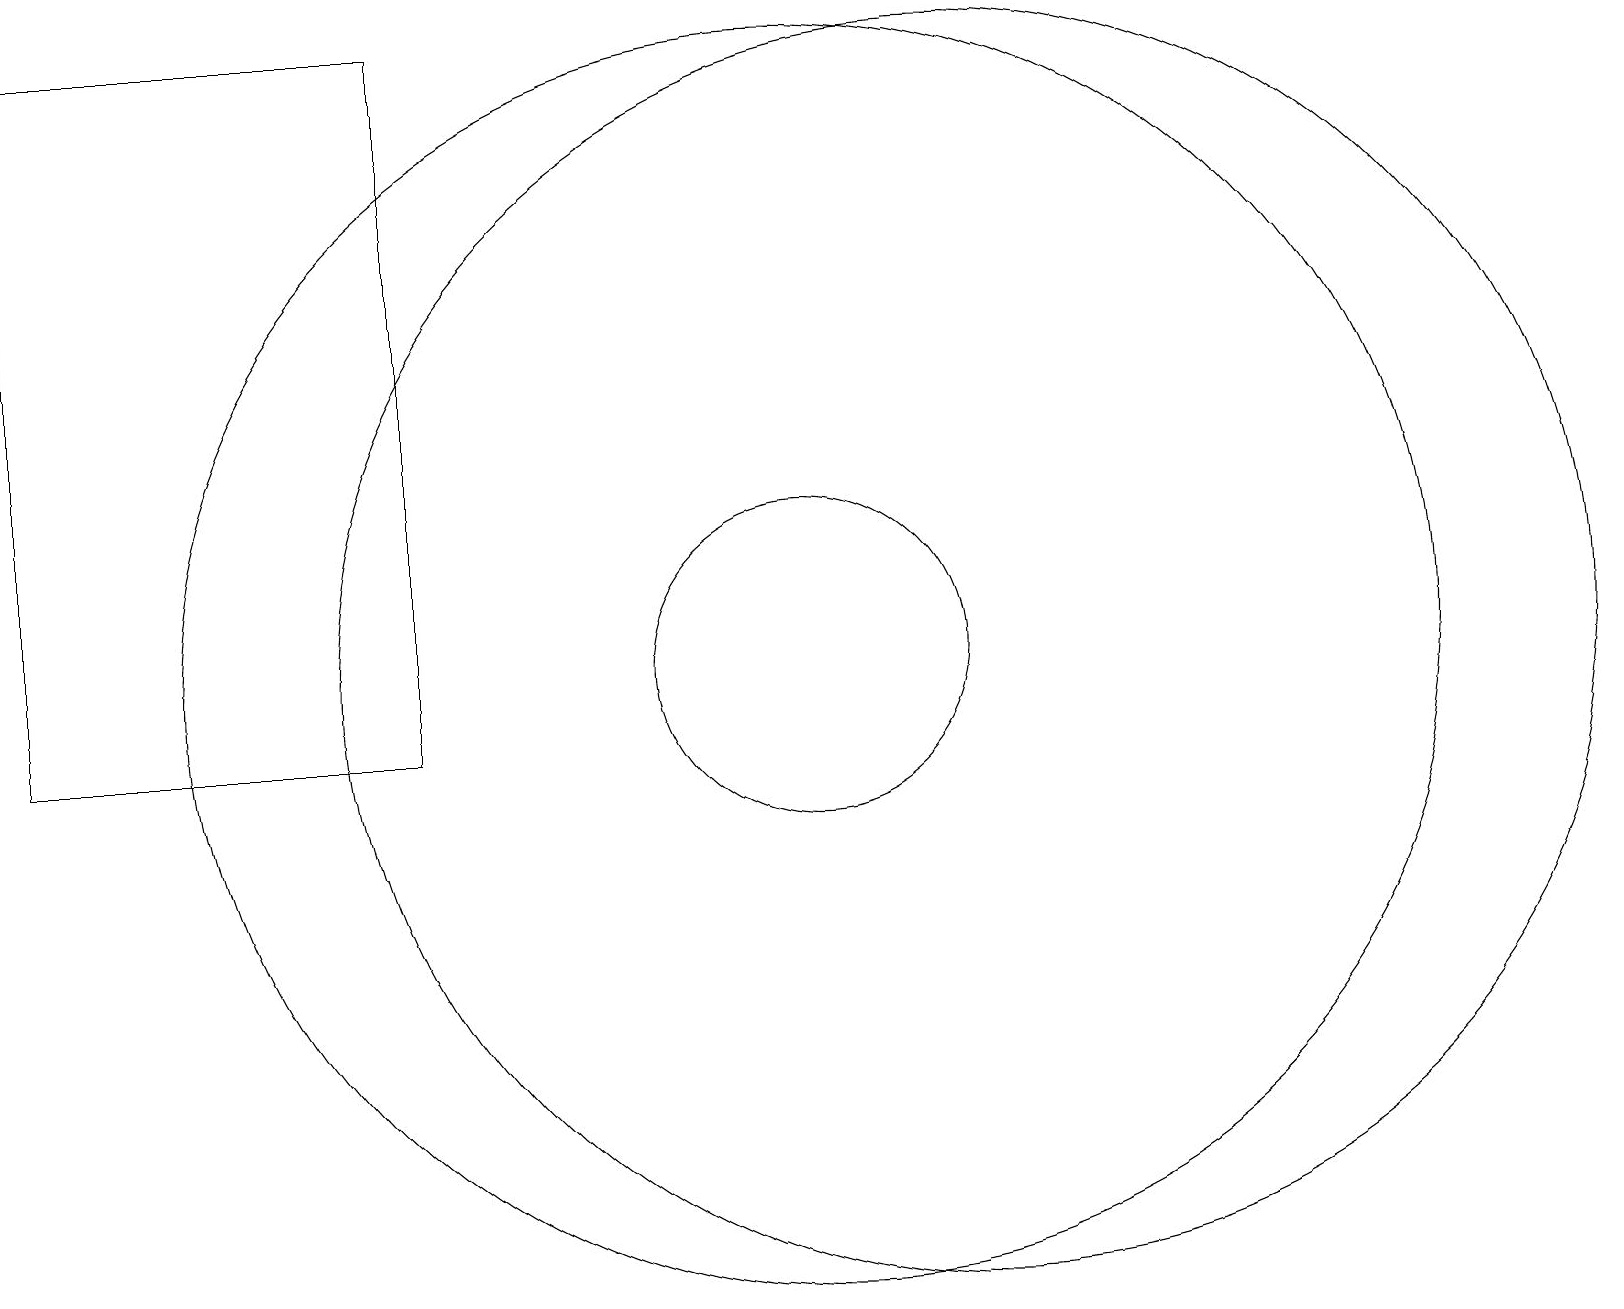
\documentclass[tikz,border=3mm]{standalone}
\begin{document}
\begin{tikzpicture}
\draw (0,10) rectangle (5,19);
\draw (12,11) circle (8);
\draw (10,11) circle (0);
\draw (10,11) circle (8);
\draw (10,11) circle (2);
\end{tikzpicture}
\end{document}